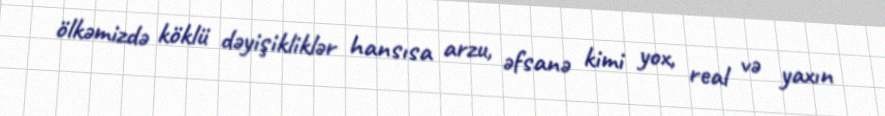
ölkəmizdə köklü dəyişikliklər hansısa arzu, əfsanə kimi yox, real və yaxın